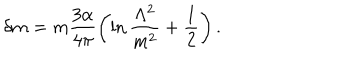
\delta m = m \frac { 3 \alpha } { 4 \pi } \left( \ln \frac { \Lambda ^ { 2 } } { m ^ { 2 } } + \frac 1 2 \right) .